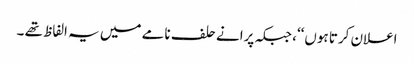
اعلان کرتا ہوں‘‘، جبکہ پرانے حلف نامے میں یہ الفاظ تھے ۔